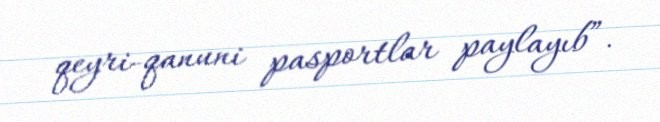
qeyri-qanuni pasportlar paylayıb”.